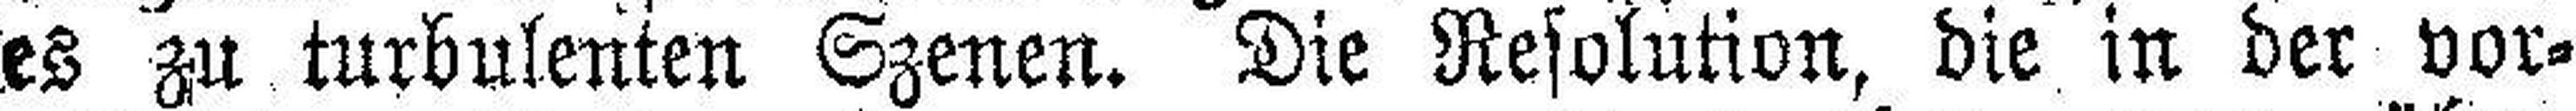
es zu turbulenten Szenen. Die Resolution, die in der vor¬